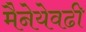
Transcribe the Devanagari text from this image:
मैनेयेवढी